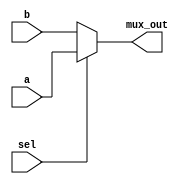
module addr_mux(
    input [4:0] a,
    input [4:0] b,
    input sel,
    output [4:0] mux_out
    );
    
assign mux_out = sel ? a:b;

endmodule